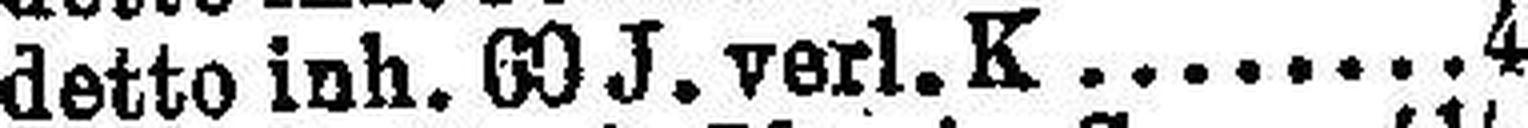
detto inh. 60 J. verl. K. 4